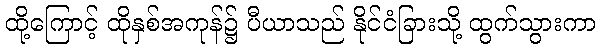
ထို့ကြောင့် ထိုနှစ်အကုန်၌ ပီယာသည် နိုင်ငံခြားသို့ ထွက်သွားကာ